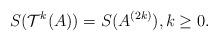
LaTeX: \begin{align*}S(\mathcal{T}^{k}(A))=S(A^{(2k)}), k\geq0.\end{align*}